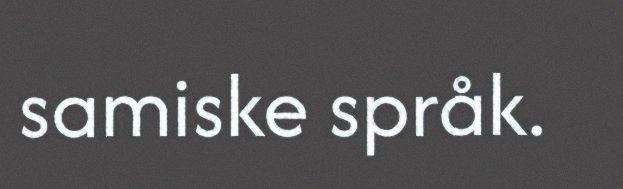
samiske språk.